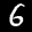
Label: 6